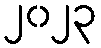
၂၀၂၃